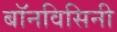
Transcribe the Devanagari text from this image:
बॉनविसिनी